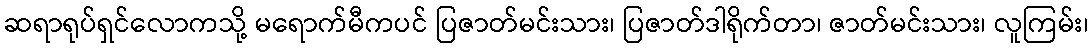
ဆရာရုပ်ရှင်လောကသို့ မရောက်မီကပင် ပြဇာတ်မင်းသား၊ ပြဇာတ်ဒါရိုက်တာ၊ ဇာတ်မင်းသား၊ လူကြမ်း၊